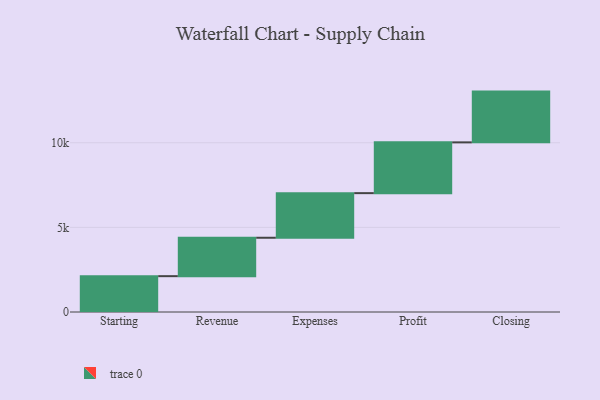
{"axis": {"x": "Step", "y": "Value"}, "legend": [""], "data": [{"x": "Starting", "y": 2118.0, "type": ""}, {"x": "Revenue", "y": 2269.0, "type": ""}, {"x": "Expenses", "y": 2636.0, "type": ""}, {"x": "Profit", "y": 3000, "type": ""}, {"x": "Closing", "y": 3000, "type": ""}]}